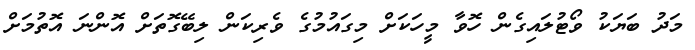
މަދު ބަޔަކު ވޯޓުލައިގެން ހޮވާ މީހަކަށް މިގައުމުގެ ވެރިކަން ލިބޭގޮތަށް އޮންނަ އޮތުމަށް